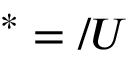
\v { U } ^ { * } = \v { U } / U